Scottish Leaving Certificate Examination, 1951
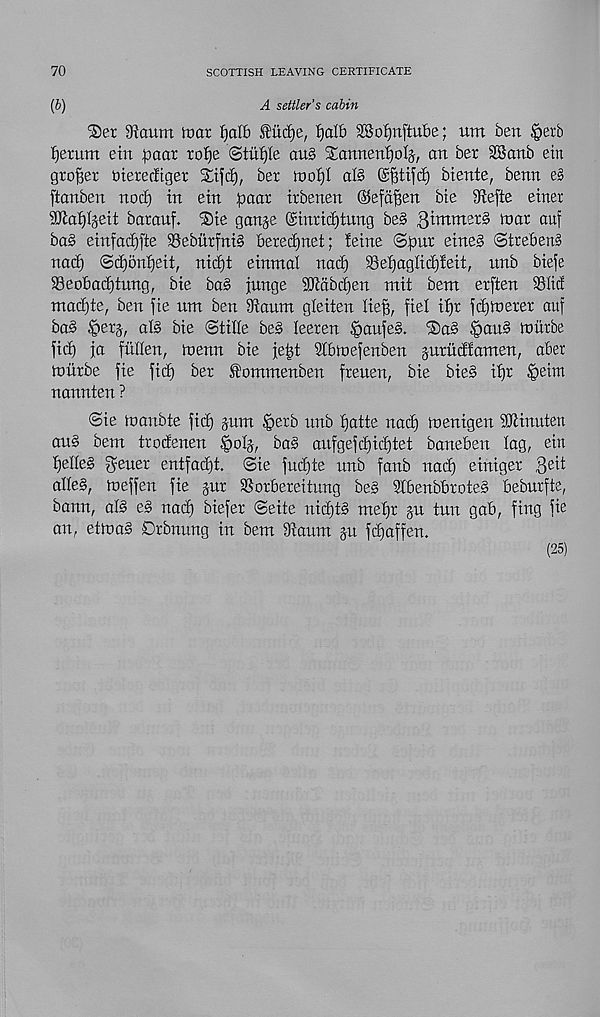
70
SCOTTISH LEAVING CERTIFICATE
(6)
A settler’s cabin
‘Set 9iaum mar f)aI6 ,fitd)e, f)alb SSobmftube; um ben §erb
Return etn paar ro^e <&tixtjle au§ Stannen’EjoIj, an her SBanb etn
grower aieretftger
ber mo^I al§ @f3tifd) biente, benn e§
ftanben nod) in ein paar trbenen ©efafjen bte 9iefte einer
9}laf)ijett barauf. 2)te gan^e @tnrid)tung be§
^ar auf
ba§ etnfad)fte 93ebutfni§ berec£)net; !etne ©pur etneS ©treben§
nad) ©djonpeit, nicpt einmal nacp 58epaglid)!eit, unb bielfe
S3eobad)tung, bte ba§ junge 50cabd)en mit bent erften SSItcf
ntacpte, ben \ie urn ben iRaunt gleiten Hep, ftel tpr fdjinerer auf
ba§ §erj, al§ bte ©title bes leeren §aufe§. ®ab §an§ mitrbe
fid) ja fallen, menu bie fept Stbmefenben §uritdtamen, aber
mitrbe fie fiip ber fommenben freuen, bie bie§ ipr fyeirn
nannten ?
©ie tnanbte ficp jum §erb tmb patte nacp menigen SRinuten
au§ bem trodenen §oH, ba§ aufgefcpicptet baneben tag, ein
pelle§ geuer entfacpt. ©ie fucpte unb fanb nacp einiger 8 e^
alte§, meffen fie jur SSorbereitung be§ 9tbenbbrote§ bebnrfte,
bann, al§ e§ nacp biefer ©eite nicptS mepr §u tun gab, fing fie
an, etnm3 Drbnung in bem 9taum p fcpaffen.
(25)